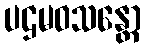
ပဌမဝသန္တော